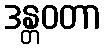
ဒန္တဝတာ